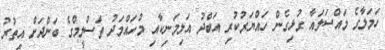
ހަމަލާގެ މައްސަލައާ ގުޅިގެން ހައްޔަރުކުރި އަބްދު އަލިމަނިކާއި މުހައްމަދު ތަސްލީމްގެ ބަންދަށް އިތުރު